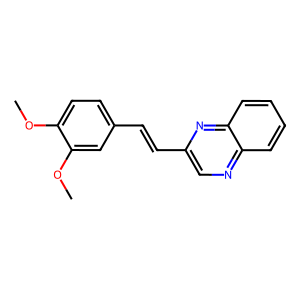
SMILES: COc1ccc(C=Cc2cnc3ccccc3n2)cc1OC
Inhibits HIV replication: No